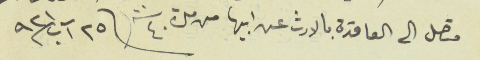
متصل الى العاقدة بالارث عن ابيها من مدة ٤٠ سنة \ ٢٥ آب سنة ٩٢١